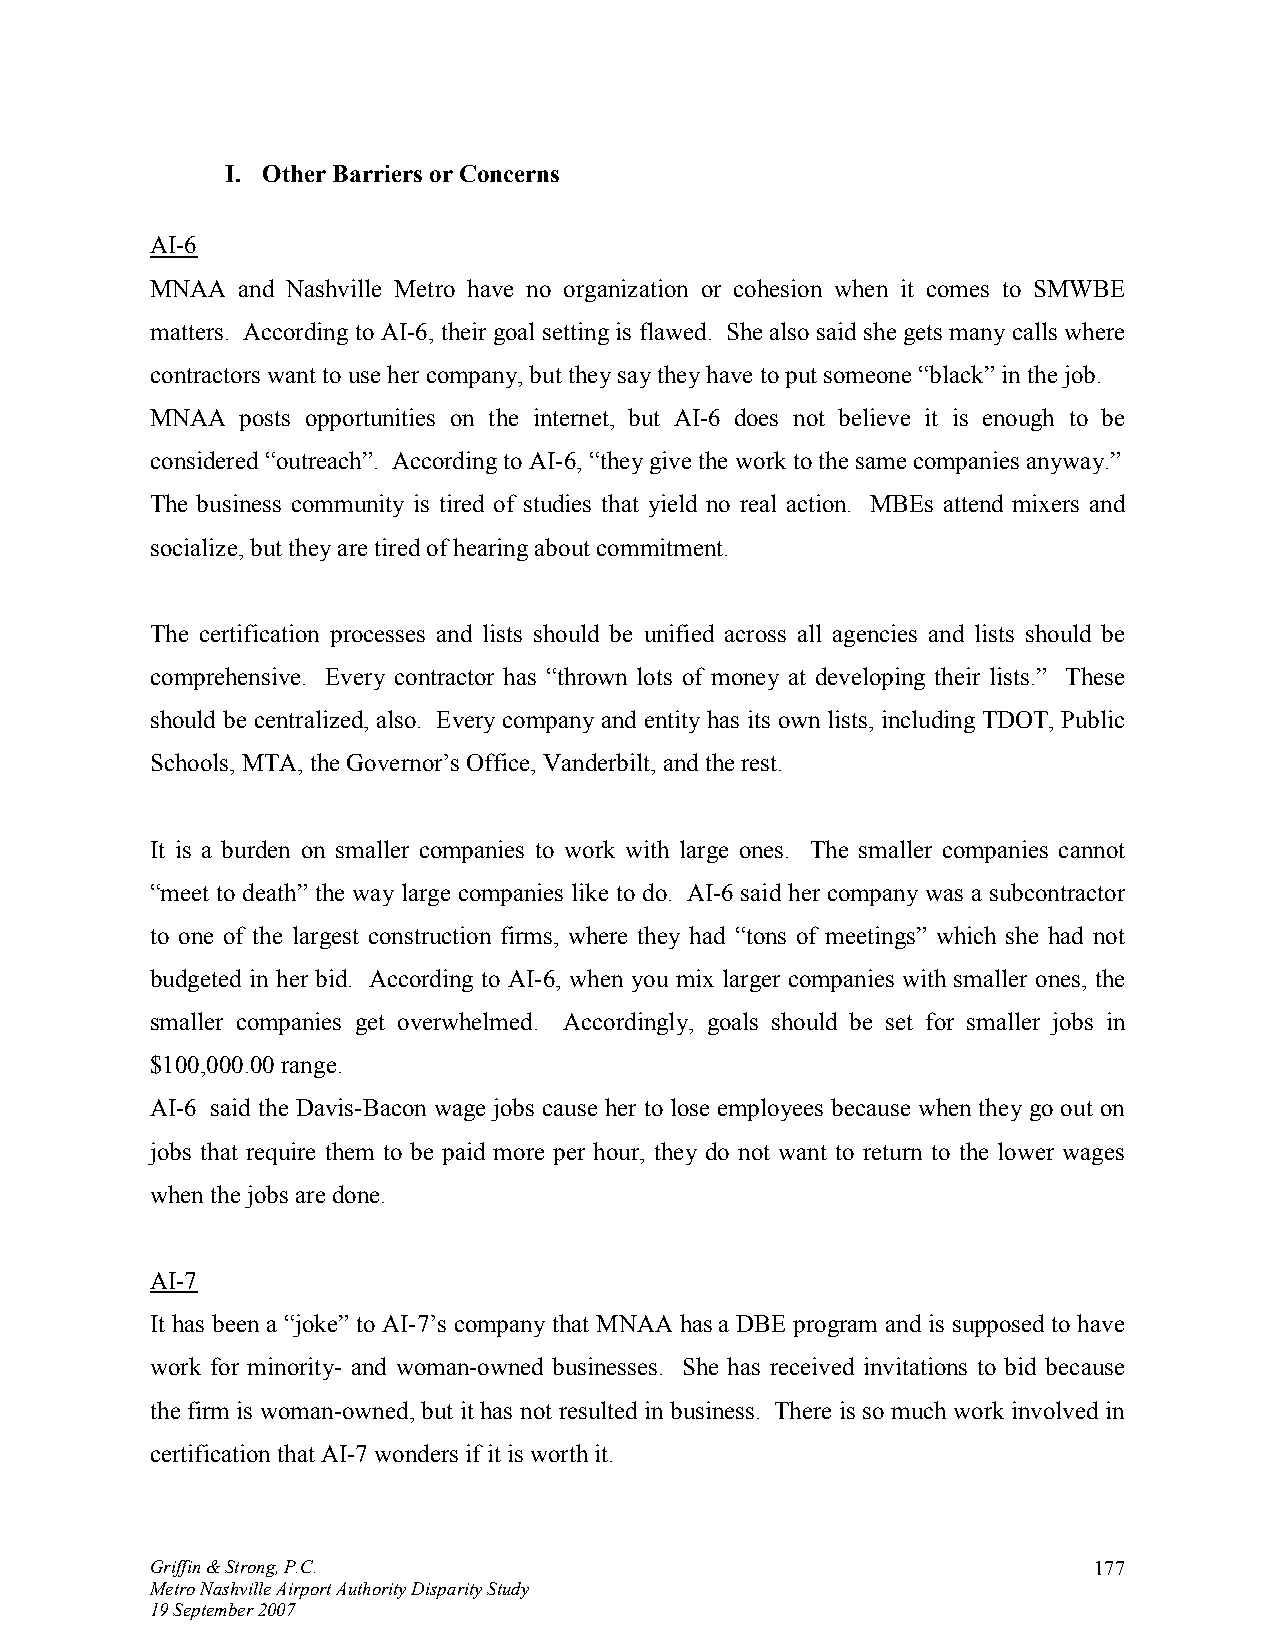
I. Other Barriers or Concerns
 AI-6
 MNAA  and Nashville Metro have no organization or cohesion when it comes to SMWBE
 matters. According to AI-6, their goal setting is flawed. She also said she gets many calls where
 contractors want to use her company, but they say they have to put someone “black” in the job.
 MNAA  posts opportunities on the internet, but AI-6 does not believe it is enough to be
 considered “outreach”. According to AI-6, “they give the work to the same companies anyway.”
 The business community is tired of studies that yield no real action. MBEs attend mixers and
 socialize, but they are tired of hearing about commitment.
 The certification processes and lists should be unified across all agencies and lists should be
 comprehensive. Every contractor has “thrown lots of money at developing their lists.” These
 should be centralized, also. Every company and entity has its own lists, including TDOT, Public
 Schools, MTA, the Governor’s Office, Vanderbilt, and the rest.
 It is a burden on smaller companies to work with large ones. The smaller companies cannot
 “meet to death” the way large companies like to do. AI-6 said her company was a subcontractor
 to one of the largest construction firms, where they had “tons of meetings” which she had not
 budgeted in her bid. According to AI-6, when you mix larger companies with smaller ones, the
 smaller companies get overwhelmed. Accordingly, goals should be set for smaller jobs in
 $100,000.00 range.
 AI-6 said the Davis-Bacon wage jobs cause her to lose employees because when they go out on
 jobs that require them to be paid more per hour, they do not want to return to the lower wages
 when the jobs are done.
 AI-7
 It has been a “joke” to AI-7’s company that MNAA has a DBE program and is supposed to have
 work for minority- and woman-owned businesses. She has received invitations to bid because
 the firm is woman-owned, but it has not resulted in business. There is so much work involved in
 certification that AI-7 wonders if it is worth it.
 Griffin & Strong, P.C.                                        177
 Metro Nashville Airport Authority Disparity Study
 19 September 2007